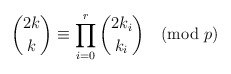
\begin{align*}\binom{2k}{k}\equiv \prod_{i=0}^r \binom{2k_i}{k_i} \pmod{p}\end{align*}